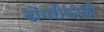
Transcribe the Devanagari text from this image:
डोंगरीकोळी